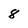
Character: 8